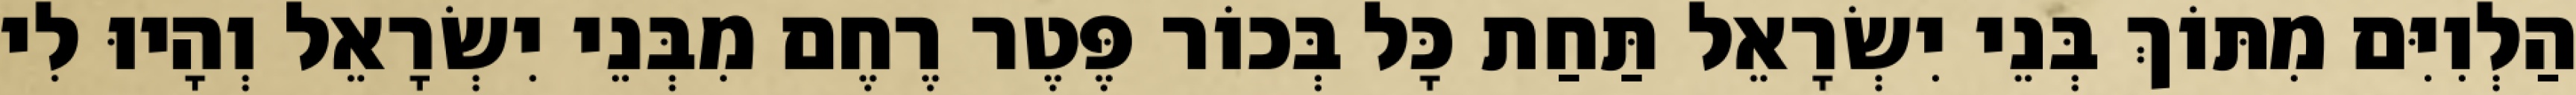
הַלְוִיִּם מִתּוֹךְ בְּנֵי יִשְׂרָאֵל תַּחַת כָּל בְּכוֹר פֶּטֶר רֶחֶם מִבְּנֵי יִשְׂרָאֵל וְהָיוּ לִי